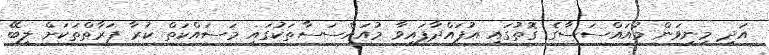
އަދި މިނިވަން މުއައްސަސާގެ ގޮތުގައި އުފައްދާފައިވާ މުއައްސަސާތަކުގައި މަސައްކަތް ކުރާ ފަރާތްތަކަށް ލިބޭ